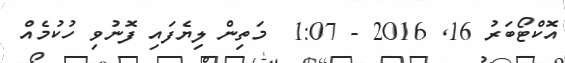
އޮކްޓޯބަރު 16